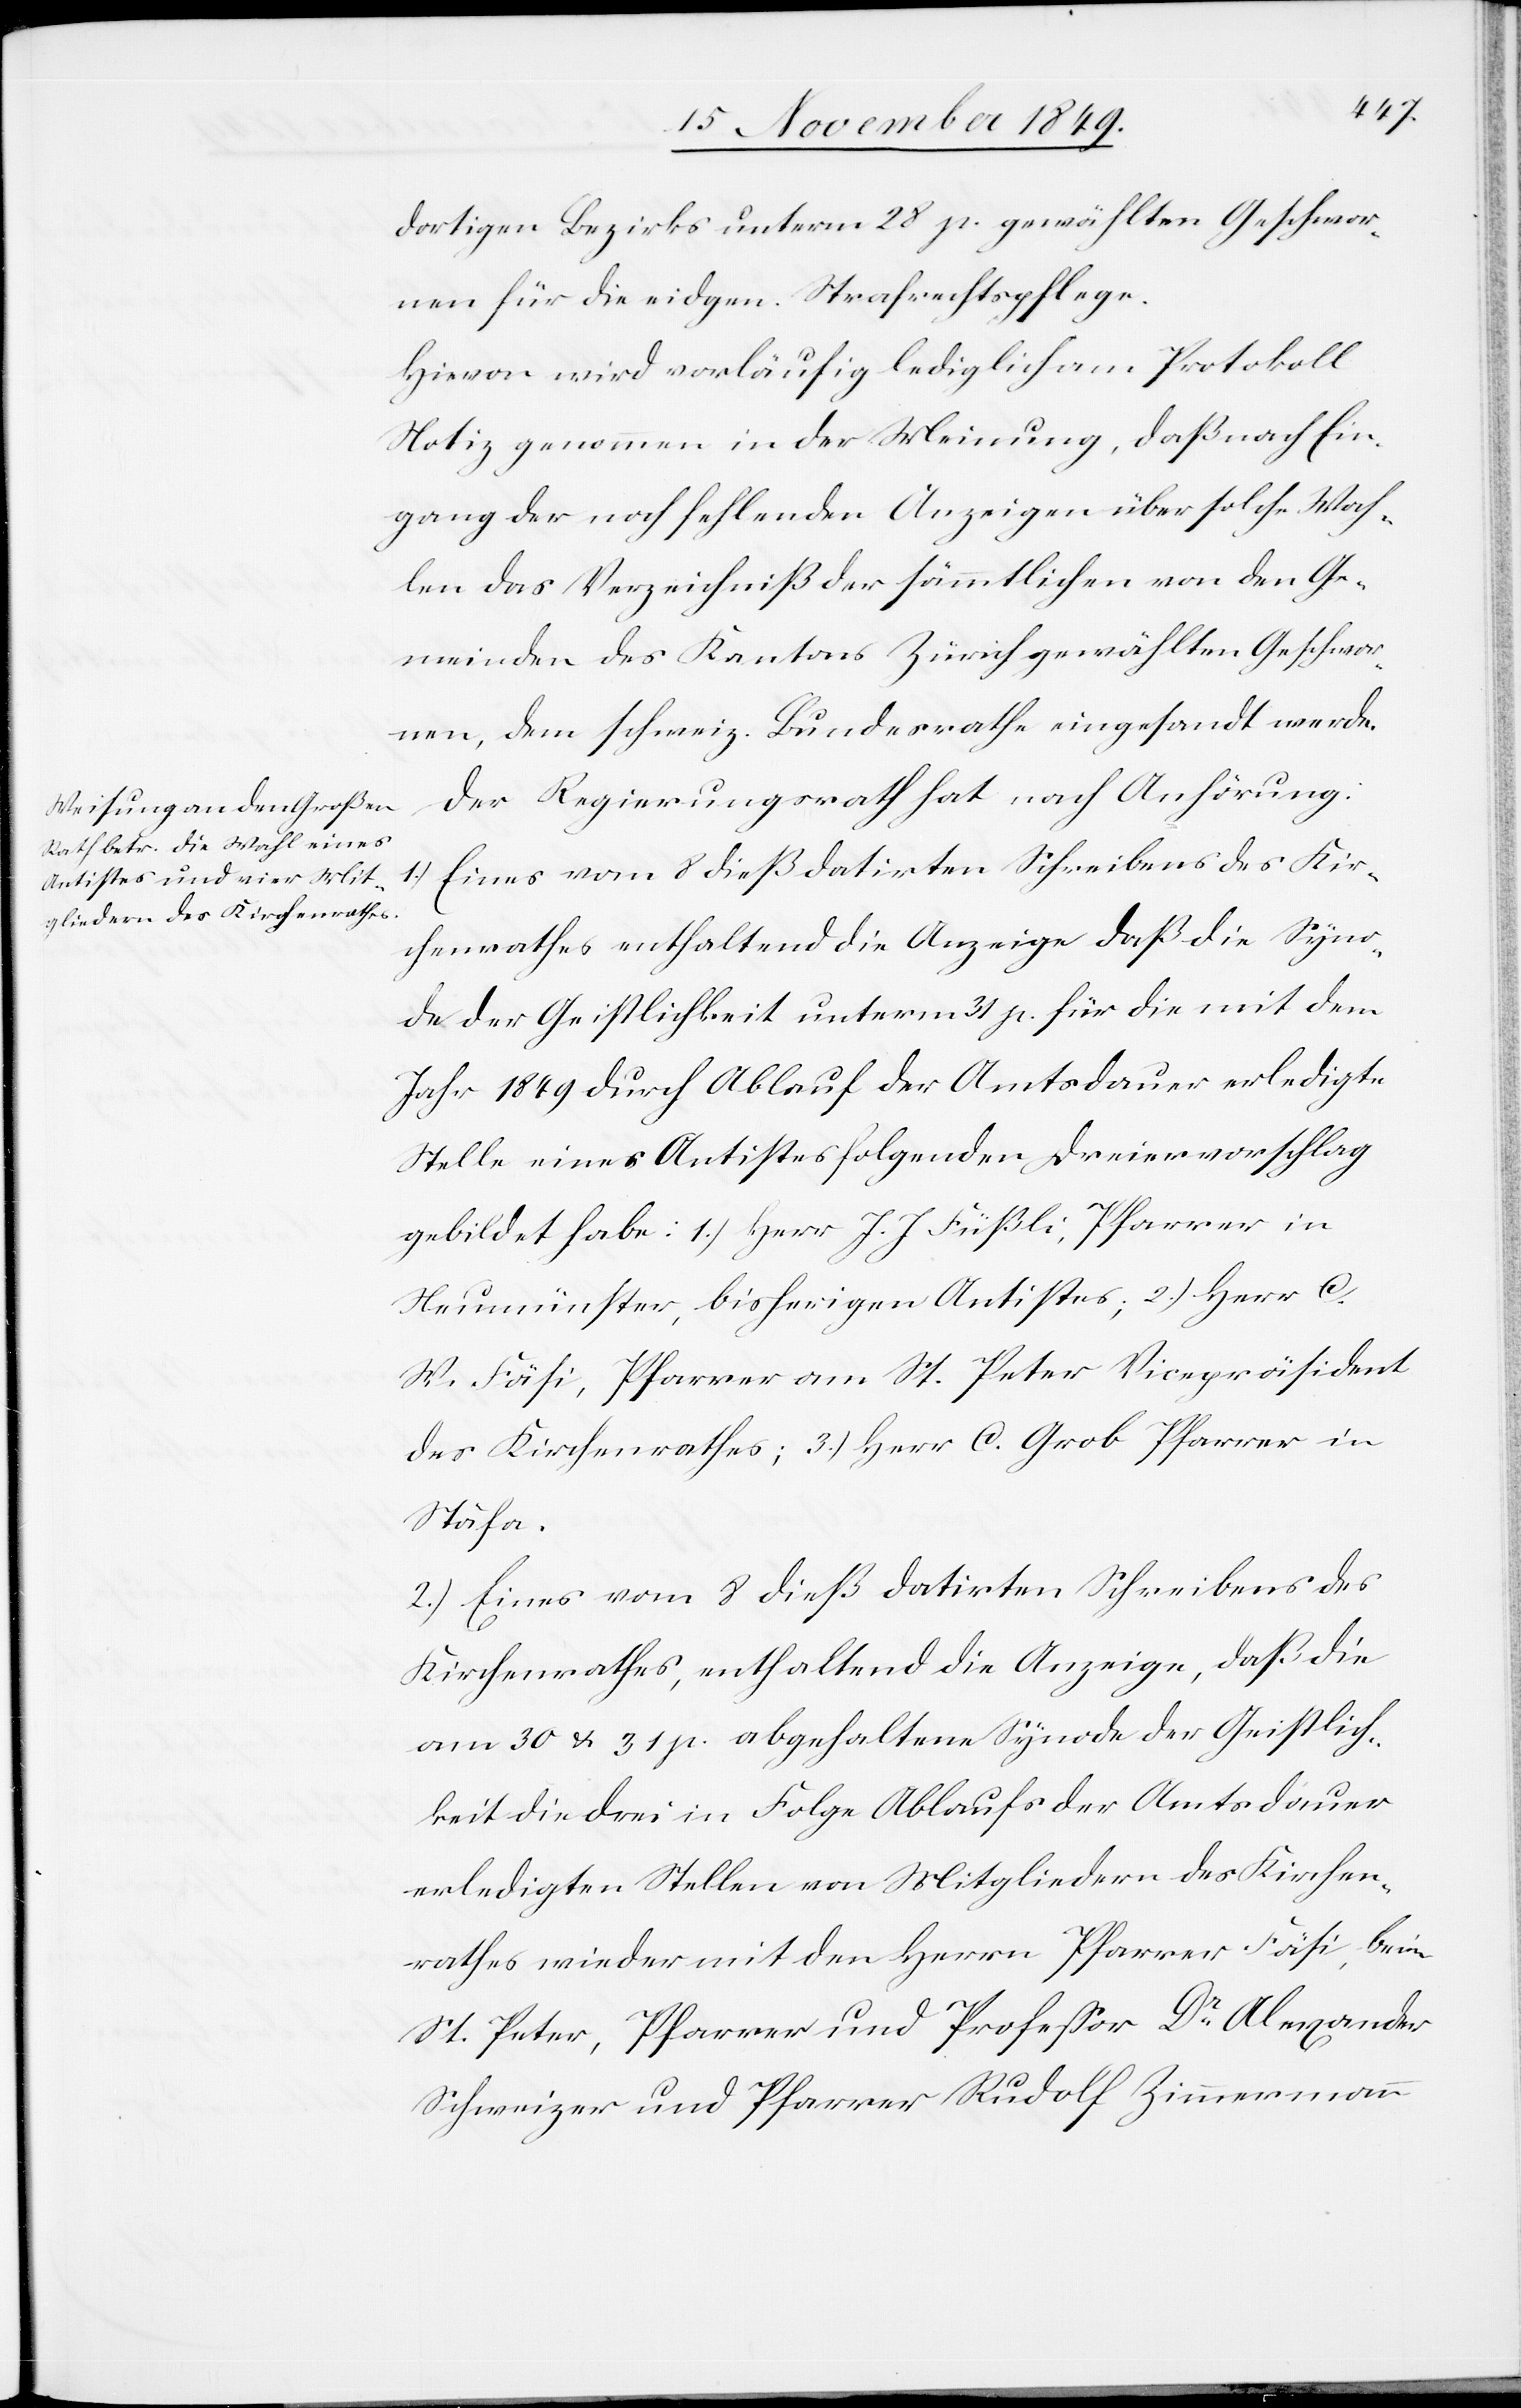
dortigen Bezirks unterm 28 p. gewählten Geschwore¬
nen für die eidgen. Strafrechtspflege.
Hievon wird vorläufig lediglich am Protokoll
Notiz genommen in der Meinung, daß nach Ein¬
gang der noch fehlenden Anzeigen über solche Wah¬
len das Verzeichniß der sämmtlichen von den Ge¬
meinden des Kantons Zürich gewählten Geschwore¬
nen, dem schweiz. Bundesrathe eingesandt werde.
Der Regierungsrath hat nach Anhörung:
1.) Eines vom 8 dieß datirten Schreibens des Kir¬
chenrathes enthaltend die Anzeige daß die Syno¬
de der Geistlichkeit unterm 31 p. für die mit dem
Jahr 1849 durch Ablauf der Amtsdauer erledigte
Stelle eines Antistes folgenden Dreiervorschlag
gebildet habe: 1.) Herr J. J. Füßli, Pfarrer in
Neumünster, bisherigen Antistes; 2.) Herr C.
W. Fäsi, Pfarrer am St. Peter Vicepräsident
des Kirchenrathes; 3.) Herr C. Grob Pfarrer in
Stäfa.
2.) Eines vom 8 dieß datirten Schreibens des
Kirchenrathes, enthaltend die Anzeige, daß die
am 30 u. 31 p. abgehaltene Synode der Geistlich¬
keit die drei in Folge Ablaufs der Amtsdauer
erledigten Stellen von Mitgliedern des Kirchen¬
rathes wieder mit den Herrn Pfarrer Fäsi, beim
St. Peter, Pfarrer und Profeßor Dr Alexander
Schweizer und Pfarrer Rudolf Zimmermann